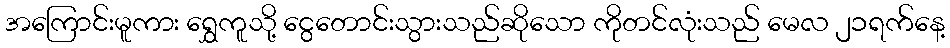
အကြောင်းမူကား ရွှေကူသို့ ငွေတောင်းသွားသည်ဆိုသော ကိုတင်လုံးသည် မေလ ၂၁ရက်နေ့